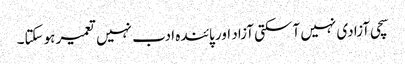
سچی آزادی نہیں آسکتی آزاد اور پائندہ ادب نہیں تعمیر ہوسکتا۔